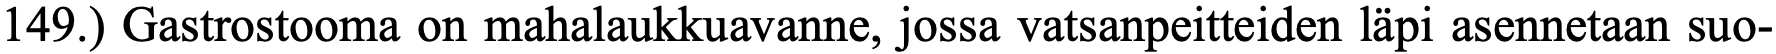
149.) Gastrostooma on mahalaukkuavanne, jossa vatsanpeitteiden läpi asennetaan suo-